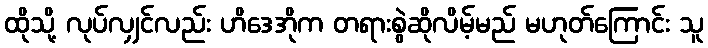
ထိုသို့ လုပ်လျှင်လည်း ဟိဒေအိုက တရားစွဲဆိုလိမ့်မည် မဟုတ်ကြောင်း သူ